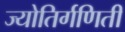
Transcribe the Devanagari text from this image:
ज्योतिर्गणिती